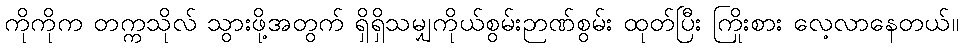
ကိုကိုက တက္ကသိုလ် သွားဖို့အတွက် ရှိရှိသမျှကိုယ်စွမ်းဉာဏ်စွမ်း ထုတ်ပြီး ကြိုးစား လေ့လာနေတယ်။